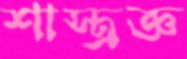
শাস্ত্রজ্ঞ